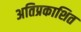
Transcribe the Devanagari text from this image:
अतिप्रकाशित